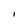
Character: I